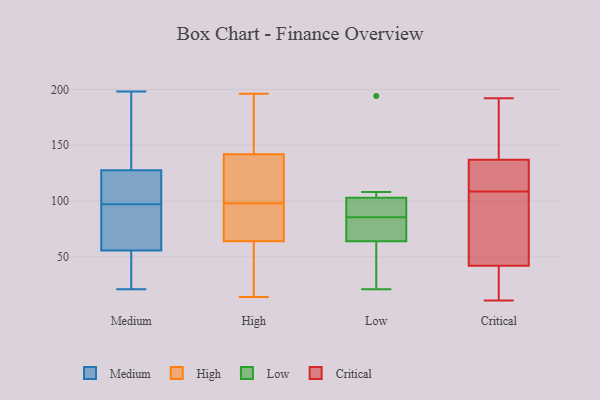
{"axis": {"x": "Bounce Rate (%)", "y": "Value"}, "legend": ["Critical", "High", "Low", "Medium"], "data": [{"x": "", "y": 142, "type": "Medium"}, {"x": "", "y": 118, "type": "Medium"}, {"x": "", "y": 21, "type": "Medium"}, {"x": "", "y": 198, "type": "Medium"}, {"x": "", "y": 126, "type": "Medium"}, {"x": "", "y": 151, "type": "Medium"}, {"x": "", "y": 34, "type": "Medium"}, {"x": "", "y": 128, "type": "Medium"}, {"x": "", "y": 61, "type": "Medium"}, {"x": "", "y": 117, "type": "Medium"}, {"x": "", "y": 30, "type": "Medium"}, {"x": "", "y": 91, "type": "Medium"}, {"x": "", "y": 97, "type": "Medium"}, {"x": "", "y": 185, "type": "Medium"}, {"x": "", "y": 65, "type": "Medium"}, {"x": "", "y": 48, "type": "Medium"}, {"x": "", "y": 54, "type": "Medium"}, {"x": "", "y": 98, "type": "Medium"}, {"x": "", "y": 85, "type": "Medium"}, {"x": "", "y": 70, "type": "High"}, {"x": "", "y": 161, "type": "High"}, {"x": "", "y": 27, "type": "High"}, {"x": "", "y": 142, "type": "High"}, {"x": "", "y": 140, "type": "High"}, {"x": "", "y": 64, "type": "High"}, {"x": "", "y": 196, "type": "High"}, {"x": "", "y": 79, "type": "High"}, {"x": "", "y": 153, "type": "High"}, {"x": "", "y": 80, "type": "High"}, {"x": "", "y": 116, "type": "High"}, {"x": "", "y": 134, "type": "High"}, {"x": "", "y": 14, "type": "High"}, {"x": "", "y": 194, "type": "High"}, {"x": "", "y": 77, "type": "High"}, {"x": "", "y": 23, "type": "High"}, {"x": "", "y": 142, "type": "High"}, {"x": "", "y": 31, "type": "High"}, {"x": "", "y": 52, "type": "Low"}, {"x": "", "y": 103, "type": "Low"}, {"x": "", "y": 64, "type": "Low"}, {"x": "", "y": 194, "type": "Low"}, {"x": "", "y": 94, "type": "Low"}, {"x": "", "y": 82, "type": "Low"}, {"x": "", "y": 76, "type": "Low"}, {"x": "", "y": 108, "type": "Low"}, {"x": "", "y": 89, "type": "Low"}, {"x": "", "y": 21, "type": "Low"}, {"x": "", "y": 103, "type": "Critical"}, {"x": "", "y": 13, "type": "Critical"}, {"x": "", "y": 114, "type": "Critical"}, {"x": "", "y": 169, "type": "Critical"}, {"x": "", "y": 78, "type": "Critical"}, {"x": "", "y": 59, "type": "Critical"}, {"x": "", "y": 118, "type": "Critical"}, {"x": "", "y": 130, "type": "Critical"}, {"x": "", "y": 11, "type": "Critical"}, {"x": "", "y": 192, "type": "Critical"}, {"x": "", "y": 23, "type": "Critical"}, {"x": "", "y": 137, "type": "Critical"}, {"x": "", "y": 42, "type": "Critical"}, {"x": "", "y": 183, "type": "Critical"}]}